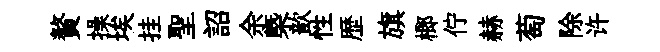
贅操埃挂聖詔余槩歆性歴旗榔佇赫萄除许